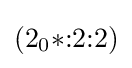
(2_{0}{*}{:}2{:}2)